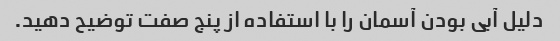
دلیل آبی بودن آسمان را با استفاده از پنج صفت توضیح دهید.